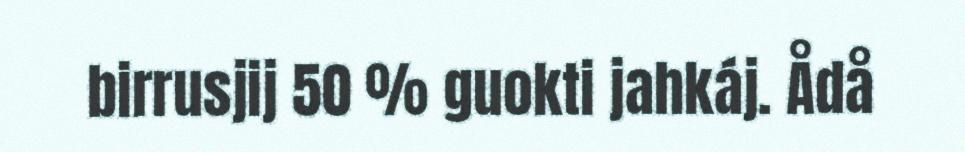
birrusjij 50 % guokti jahkáj. Ådå